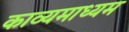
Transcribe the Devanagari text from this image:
काव्यमाध्यम